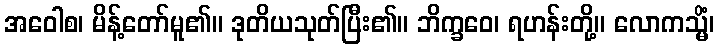
အဝေါစ၊ မိန့်တော်မူ၏။ ဒုတိယသုတ်ပြီး၏။ ဘိက္ခဝေ၊ ရဟန်းတို့။ လောကသ္မိံ၊